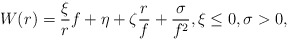
\begin{align*} W(r) = \frac{\xi}{r} f + \eta + \zeta \frac{r}{f} + \frac{\sigma}{f^2}, \xi \le 0, \sigma>0,\end{align*}